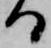
る